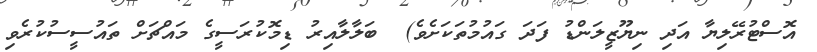
އޮސްޓުރޭލިޔާ އަދި ނިޔޫޒީލަންޑު ފަދަ ގައުމުތަކަށެވެ)  ބަލާލާއިރު ޑިމޮކުރަސީގެ މައްޗަށް ތައުސީސުކުރެވި